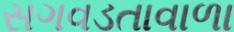
સગવડતાવાળા